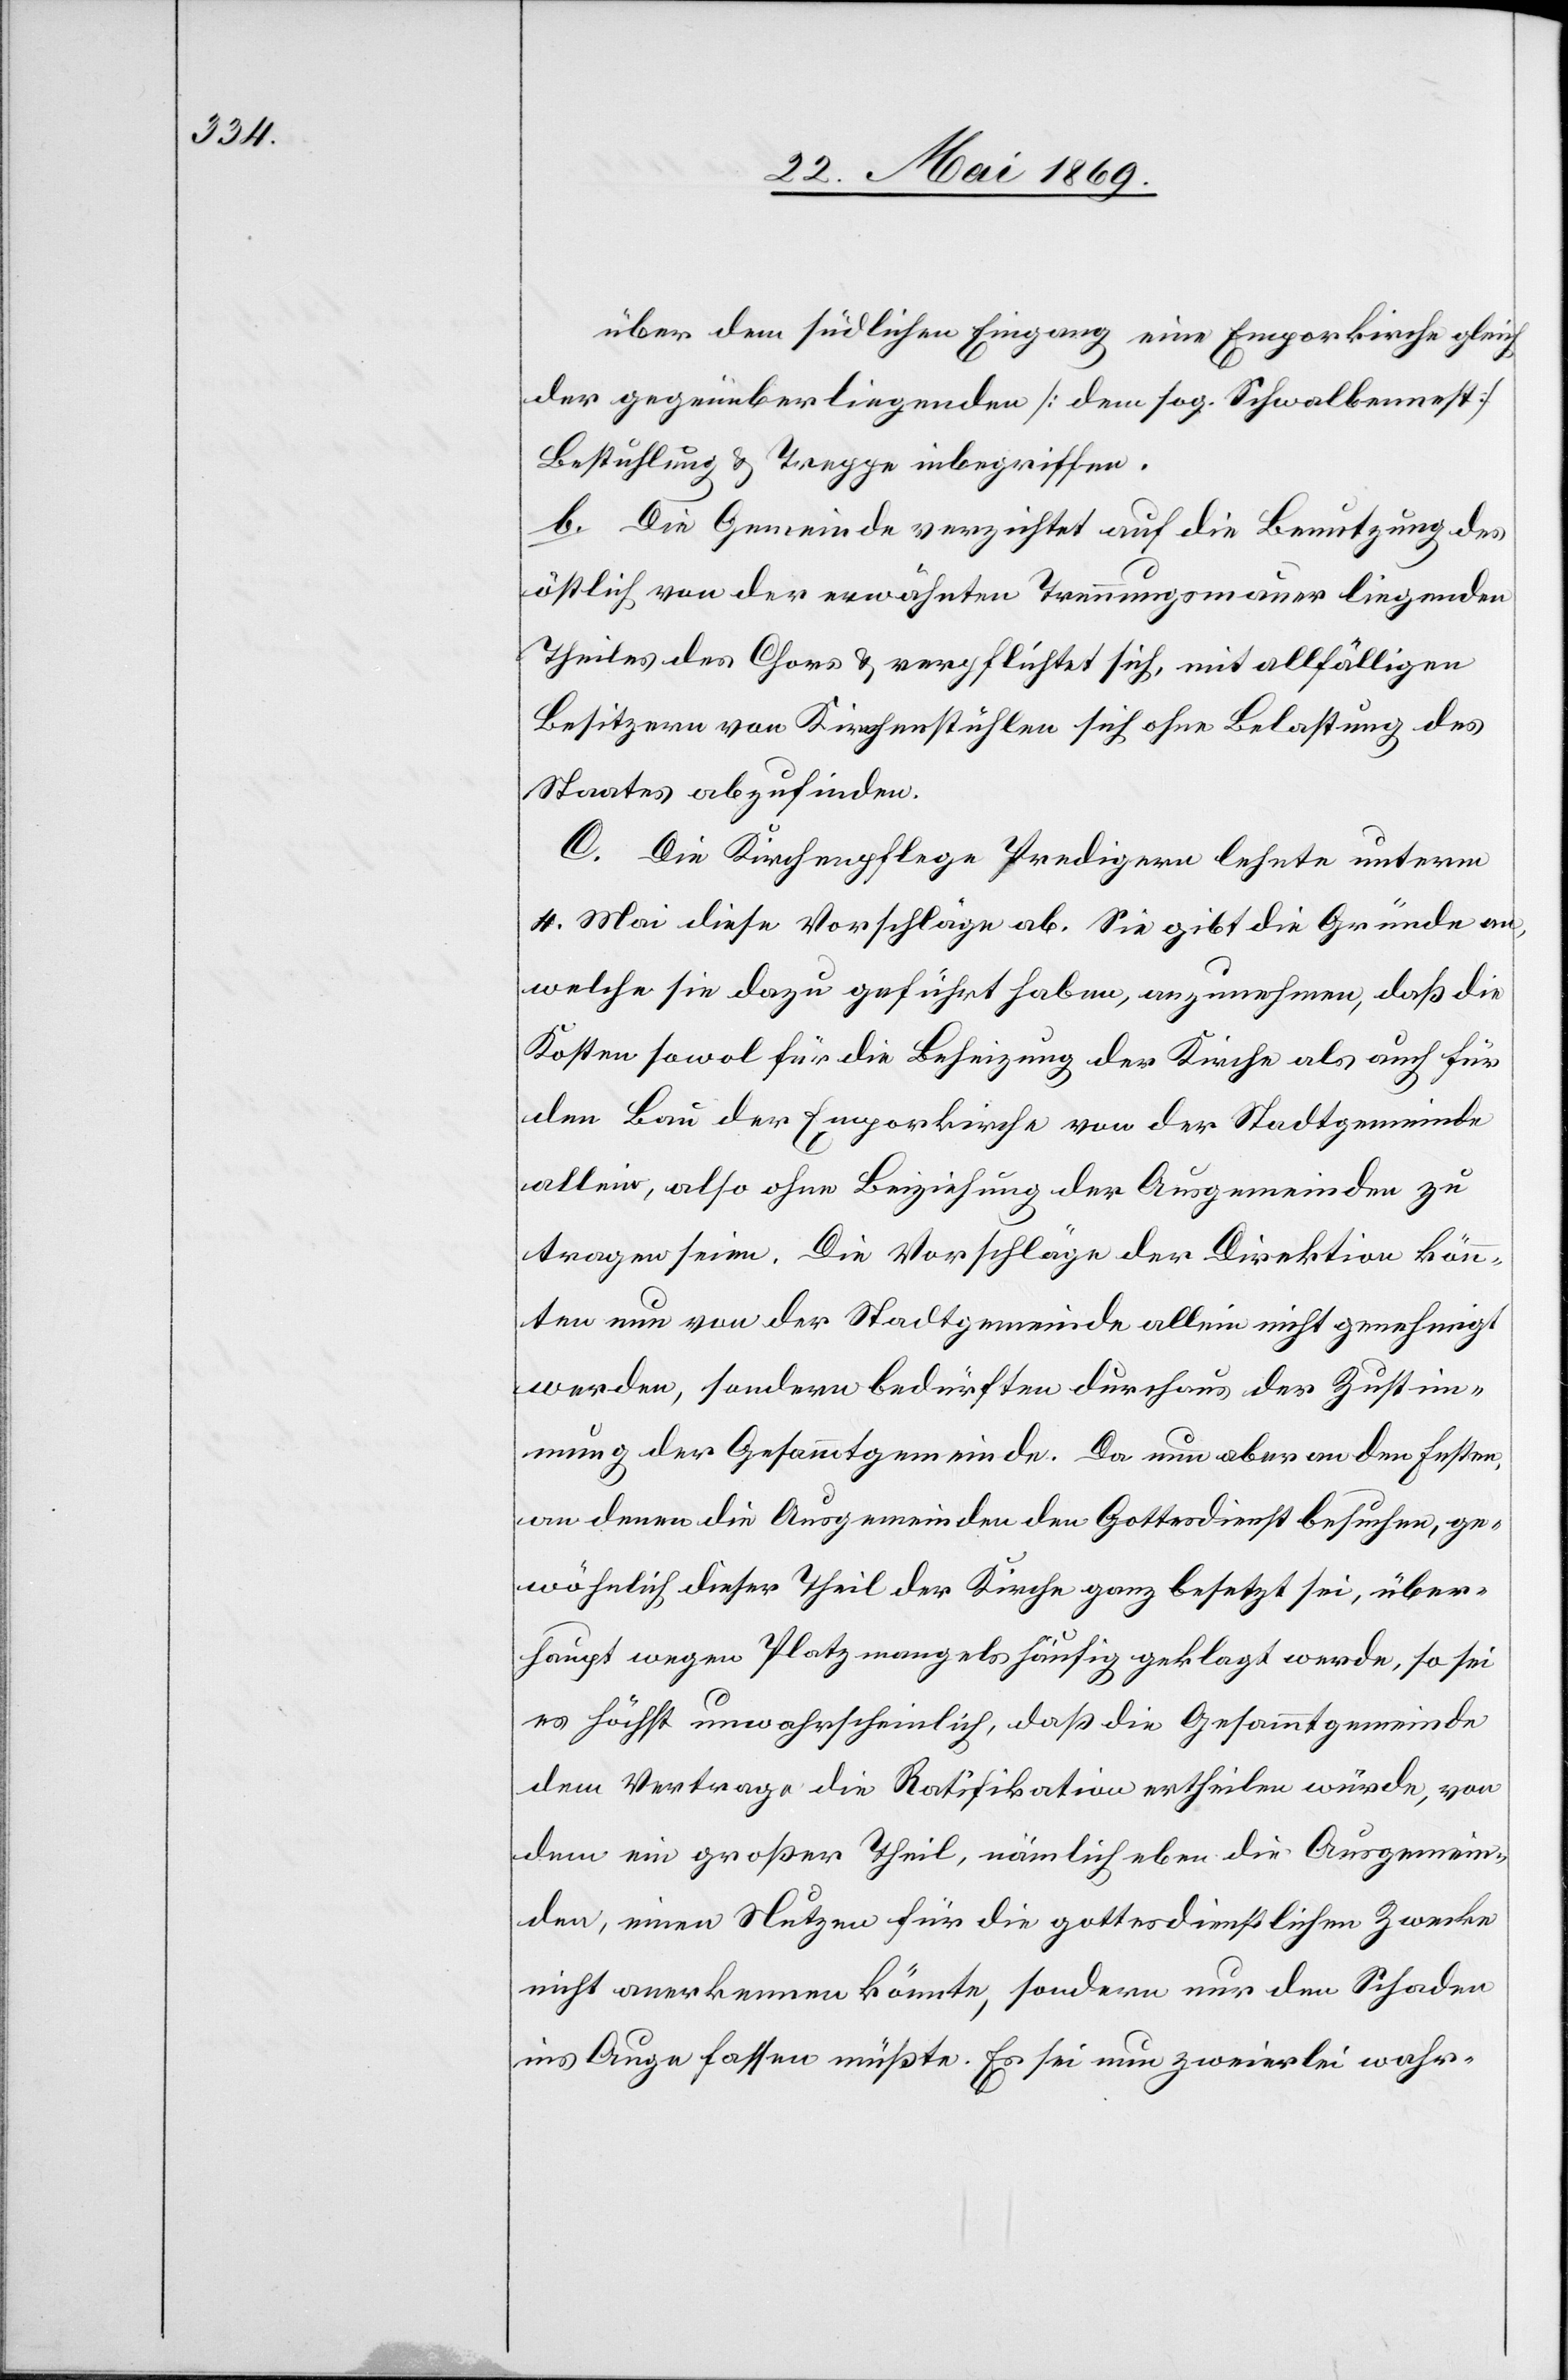
über dem südlichen Eingang eine Emporkirche gleich
der gegenüberliegenden [dem sog. Schwalbennest]
Bestuhlung u. Treppe inbegriffen.
b. Die Gemeinde verzichtet auf die Benutzung des
östlich von der erwähnten Trennungsmauer liegenden
Theiles des Chors u. verpflichtet sich, mit allfälligen
Besitzern von Kirchenstühlen sich ohne Belastung des
Staates abzufinden.
C. Die Kirchenpflege Predigern lehnte unterm
4. Mai diese Vorschläge ab. Sie gibt die Gründe an,
welche sie dazu geführt haben, anzunehmen, daß die
Kosten sowol für die Beheizung der Kirche als auch für
den Bau der Emporkirche von der Stadtgemeinde
allein, also ohne Beiziehung der Ausgemeinden zu
tragen seien. Die Vorschläge der Direktion könn¬
ten nun von der Stadtgemeinde allein nicht genehmigt
werden, sondern bedürften durchaus der Zustim¬
mung der Gesammtgemeinde. Da nun aber an dem Fenster,
an denen die Ausgemeinden den Gottesdienst besuchen, ge¬
wöhnlich dieser Theil der Kirche ganz besetzt sei, über¬
haupt wegen Platzmangels häufig geklagt werde, so sei
es höchst unwahrscheinlich, daß die Gesammtgemeinde
dem Vertrage die Ratifikation ertheilen würde, von
dem ein großer Theil, nämlich eben die Ausgemein¬
den, einen Nutzen für die gottesdienstlichen Zwecke
nicht anerkennen könnte, sondern nur den Schaden
ins Auge fassen müßte. Es sei nun zweierlei wahr-